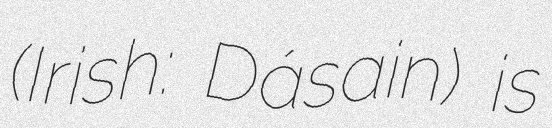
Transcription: (Irish: Dásain) is